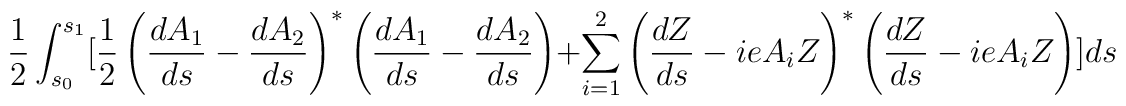
\frac12\int_{s_0}^{s_1}[\frac12\left(\frac{dA_1}{ds}-\frac{dA_2}{ds}\right)^*\left(\frac{dA_1}{ds}-\frac{dA_2}{ds}\right)+\sum_{i=1}^2\left(\frac{dZ}{ds}-ieA_iZ\right)^*\left(\frac{dZ}{ds}-ieA_iZ\right)]ds